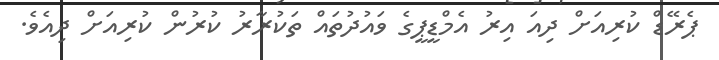
ޕެރޭޑް ކުރިއަށް ދިއަ އިރު އެމްޑީޕީގެ ވައުދުތައް ތަކުރާރު ކުރުން ކުރިއަށް ދިއެވެ.